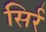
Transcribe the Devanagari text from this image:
सिर्र